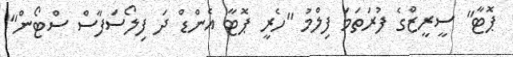
ޕޮޓާ" ސީރީޒްގެ ފުރަތަމަ ފިލްމު "ހެރީ ޕޮޓާ އެންޑް ދަ ފިލޯސަފާސް ސްޓޯން"